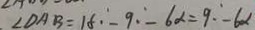
\angle D A B = 1 8 - 9 - 6 \alpha = 9 \cdot - 6 \alpha